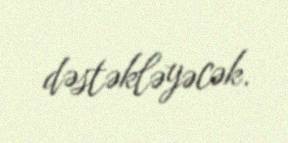
dəstəkləyəcək.